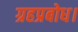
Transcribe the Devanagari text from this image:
ग्रहप्रबोध।